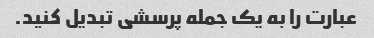
عبارت را به یک جمله پرسشی تبدیل کنید.